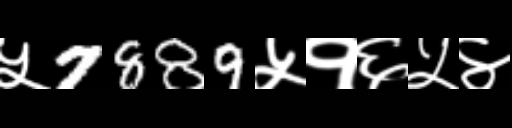
Text: ५7889५१६५४